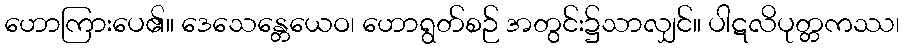
ဟောကြားပေ၏။ ဒေသေန္တေယေဝ၊ ဟောရွတ်စဉ် အတွင်း၌သာလျှင်။ ပါဋလိပုတ္တကဿ၊